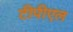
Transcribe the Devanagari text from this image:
टीपीएल